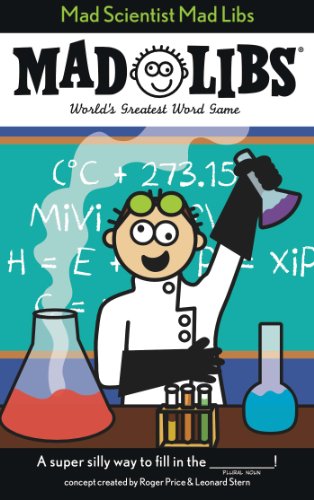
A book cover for Mad Scientist Mad Libs; Price Stern Sloan; Children's Books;